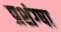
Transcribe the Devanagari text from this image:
प्रशंग्षा